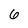
Character: 6